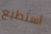
أستطيع